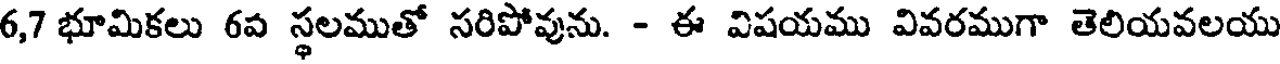
6,7 భూమికలు 6వ స్థలముతో సరిపోవును. - ఈ విషయము వివరముగా తెలియవలయు